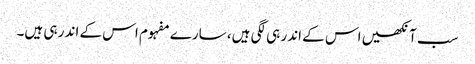
سب آنکھیں اس کے اندر ہی لگی ہیں، سارے مفہوم اس کے اندر ہی ہیں۔